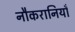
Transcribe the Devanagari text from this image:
नौकरानियाँ